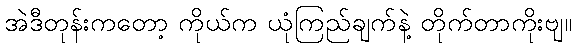
အဲဒီတုန်းကတော့ ကိုယ်က ယုံကြည်ချက်နဲ့ တိုက်တာကိုးဗျ။